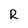
Character: R